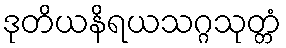
ဒုတိယနိရယသဂ္ဂသုတ္တံ